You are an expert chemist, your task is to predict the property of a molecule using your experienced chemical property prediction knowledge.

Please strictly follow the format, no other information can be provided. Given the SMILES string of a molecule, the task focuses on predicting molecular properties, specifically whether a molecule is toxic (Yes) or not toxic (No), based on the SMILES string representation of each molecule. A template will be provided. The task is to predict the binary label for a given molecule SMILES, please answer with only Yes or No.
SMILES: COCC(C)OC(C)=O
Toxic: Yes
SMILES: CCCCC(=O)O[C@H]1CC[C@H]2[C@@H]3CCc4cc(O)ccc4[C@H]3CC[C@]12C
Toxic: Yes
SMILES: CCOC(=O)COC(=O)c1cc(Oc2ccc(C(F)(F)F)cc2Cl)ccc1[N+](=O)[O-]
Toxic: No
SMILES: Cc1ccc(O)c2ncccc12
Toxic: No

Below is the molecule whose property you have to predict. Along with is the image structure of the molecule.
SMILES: CCn1cc(C(=O)O)c(=O)c2cc(F)c(N3CCNCC3)cc21
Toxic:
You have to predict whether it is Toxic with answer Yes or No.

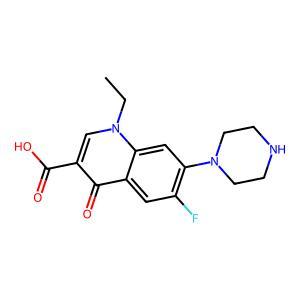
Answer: No